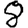
Digit: 8